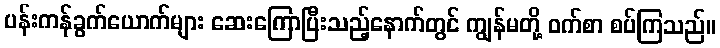
ပန်းကန်ခွက်ယောက်များ ဆေးကြောပြီးသည့်နောက်တွင် ကျွန်မတို့ ဝက်စာ စပ်ကြသည်။